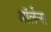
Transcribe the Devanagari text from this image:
ऑर्लेन्स